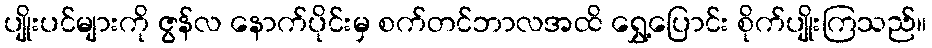
ပျိုးပင်များကို ဇွန်လ နောက်ပိုင်းမှ စက်တင်ဘာလအထိ ရွှေ့ပြောင်း စိုက်ပျိုးကြသည်။